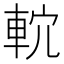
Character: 𨋠